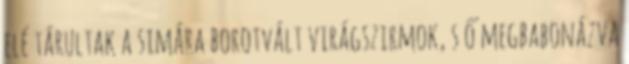
elé tárultak a simára borotvált virágszirmok, s ő megbabonázva